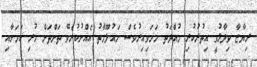
ރިޔާޒާ ވިދާޅުވީ އިތުރުކުރި މުއްދަތު ހަމަވިއިރުވެސް މައުލޫމާތު އެއްނުކުރެވޭ ތަންތަން ހުރި ކަމަށާއި